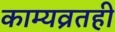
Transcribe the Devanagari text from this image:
काम्यव्रतही